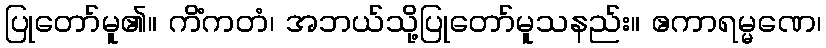
ပြုတော်မူ၏။ ကိံကတံ၊ အဘယ်သို့ပြုတော်မူသနည်း။ ဧကာရမ္မဏေ၊